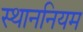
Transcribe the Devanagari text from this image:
स्थाननियम